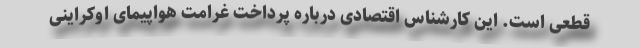
قطعی است. این كارشناس اقتصادی درباره پرداخت غرامت هواپیمای اوكراینی